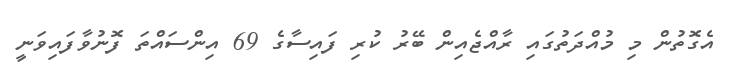
އެގޮތުން މި މުއްދަތުގައި ރާއްޖެއިން ބޭރު ކުރި ފައިސާގެ 69 އިންސައްތަ ފޮނުވާފައިވަނީ